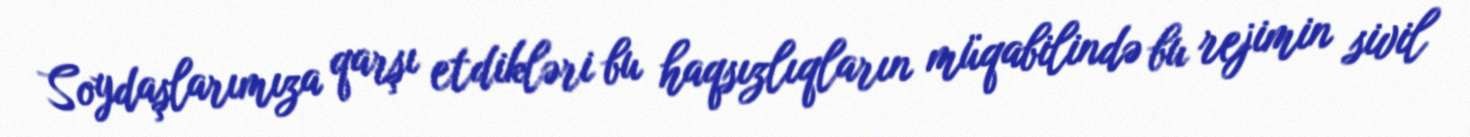
Soydaşlarımıza qarşı etdikləri bu haqsızlıqların müqabilində bu rejimin sivil